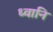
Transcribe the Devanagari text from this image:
ध्वानि